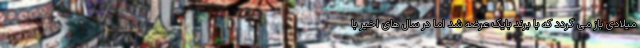
میلادی باز می گردد که با برند بایک عرضه شد اما در سال های اخیر با